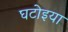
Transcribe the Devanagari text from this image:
घटोइया